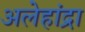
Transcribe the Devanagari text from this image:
अलेहांद्रा